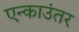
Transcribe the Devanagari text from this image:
एन्काउंतर